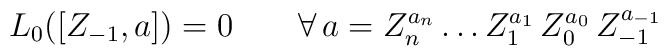
L_0 ([Z_{-1} , a]) = 0 \qquad \forall \, a = Z_n^{a_n} \ldots Z_1^{a_1} \, Z_0^{a_0} \, Z_{-1}^{a_{-1}}